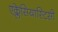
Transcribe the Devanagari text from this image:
एक्लेसियास्टिसी